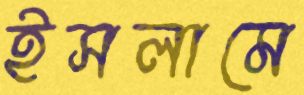
ইসলামে